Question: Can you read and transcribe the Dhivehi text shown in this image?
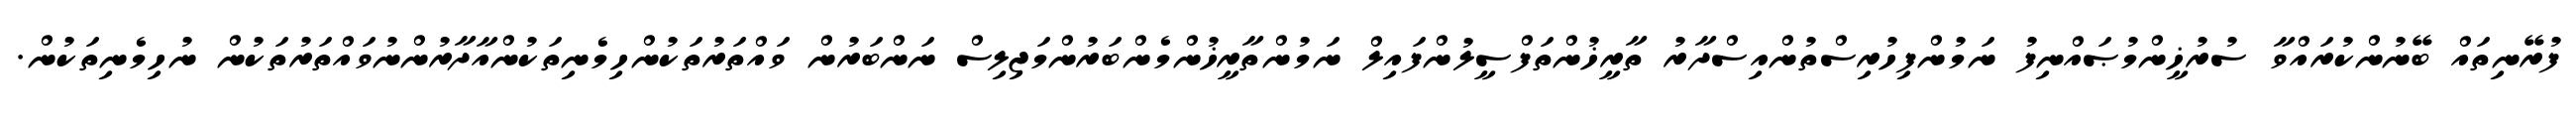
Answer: ފުރޭނިތައް ބޭނުންކުރައްވާ ސުރުޚީންމުޞައްނިފު ނަމުންފިހުރިސްތުންއިސްދާރު ތާރީޚުންތަފްސީލުންފައިލް ނަމުންތާރީޚުންމެންބަރުންމަޖިލިސް ނަންބަރުން ވައްތަރުތަކުންހިމެނިތަކުންއާދާރުންނުވައްތަރުތަކުން ނުހިމެނިތަކުން.